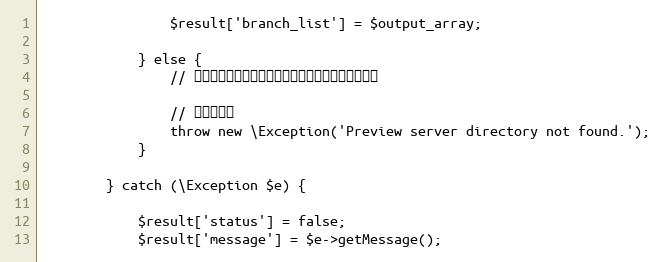
Language: PHP
				$result['branch_list'] = $output_array;

			} else {
				// プレビューサーバのディレクトリが存在しない場合

				// エラー処理
				throw new \Exception('Preview server directory not found.');
			}

		} catch (\Exception $e) {

			$result['status'] = false;
			$result['message'] = $e->getMessage();